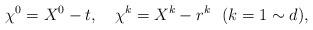
LaTeX: \begin{align*}\chi^0 = X^0 - t, ~~~ \chi^k = X^k - r^k~~(k=1 \sim d),\end{align*}